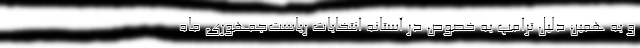
و به همین دلیل ترامپ به خصوص در آستانه انتخابات ریاست‌جمهوری ماه